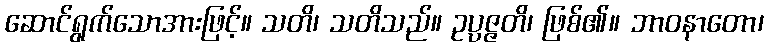
ဆောင်ရွက်သောအားဖြင့်။ သတိ၊ သတိသည်။ ဥပ္ပဇ္ဇတိ၊ ဖြစ်၏။ ဘာဝနာတော၊